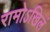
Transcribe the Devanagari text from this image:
रामोऽखिलं